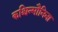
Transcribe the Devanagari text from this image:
कश्चिन्मौनिना